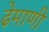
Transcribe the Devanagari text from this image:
ढेमाणी